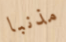
مذنبا